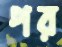
পর